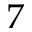
7